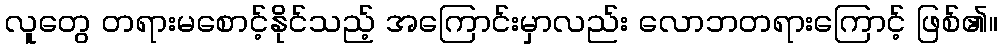
လူတွေ တရားမစောင့်နိုင်သည့် အကြောင်းမှာလည်း လောဘတရားကြောင့် ဖြစ်၏။